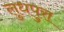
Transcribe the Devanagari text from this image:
लुधपुरा